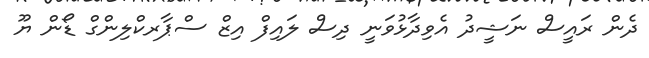
ދެން ރައީސް ނަޝީދު އެވިދާޅުވަނީ ދިސް ލައިފް އިޒް ސްޕާރކްލިންގް ޑޯން ޔޫ